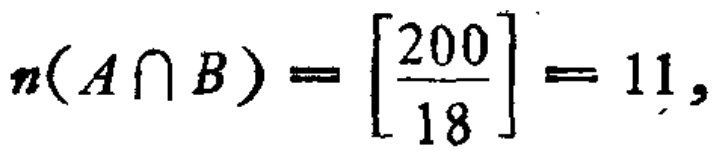
\(n(A\cap B)=\left[\frac{200}{18}\right]=11,\)